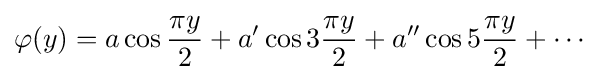
\varphi (y)=a\cos {\frac {\pi y}{2}}+a'\cos 3{\frac {\pi y}{2}}+a''\cos 5{\frac {\pi y}{2}}+\cdots